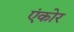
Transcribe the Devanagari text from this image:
एंकोर